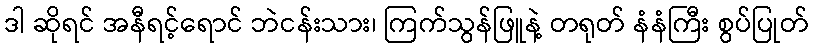
ဒါ ဆိုရင် အနီရင့်ရောင် ဘဲငန်းသား၊ ကြက်သွန်ဖြူနဲ့ တရုတ် နံနံကြီး စွပ်ပြုတ်